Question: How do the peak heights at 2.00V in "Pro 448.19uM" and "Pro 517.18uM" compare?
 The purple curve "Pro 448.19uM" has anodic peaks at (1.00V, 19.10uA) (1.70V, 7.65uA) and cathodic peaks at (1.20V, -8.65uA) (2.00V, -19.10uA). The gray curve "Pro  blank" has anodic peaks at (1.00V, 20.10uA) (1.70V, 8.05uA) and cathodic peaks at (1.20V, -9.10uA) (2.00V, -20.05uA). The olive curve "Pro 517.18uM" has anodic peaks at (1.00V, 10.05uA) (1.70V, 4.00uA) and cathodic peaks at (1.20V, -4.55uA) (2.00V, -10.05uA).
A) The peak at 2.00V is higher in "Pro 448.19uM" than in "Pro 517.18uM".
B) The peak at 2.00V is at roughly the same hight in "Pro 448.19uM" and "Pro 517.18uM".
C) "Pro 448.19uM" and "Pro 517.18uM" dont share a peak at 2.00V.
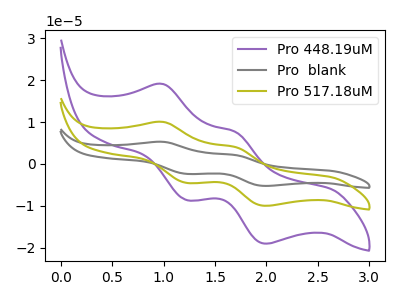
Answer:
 <answer>A) The peak at 2.00V is higher in "Pro 448.19uM" than in "Pro 517.18uM".</answer>
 <eval>A</eval>